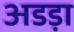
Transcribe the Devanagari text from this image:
अडड़ा